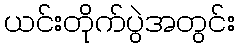
ယင်းတိုက်ပွဲအတွင်း